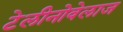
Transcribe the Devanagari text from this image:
टेलीनोवेलाज